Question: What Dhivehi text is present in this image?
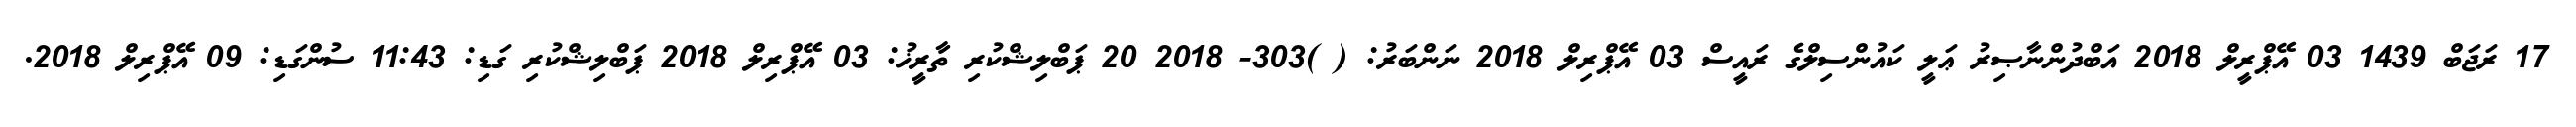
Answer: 17 ރަޖަބް 1439 03 އޭޕްރީލް 2018 އަބްދުންނާޞިރު ޢަލީ ކައުންސިލްގެ ރައީސް 03 އޭޕްރިލް 2018 ނަންބަރު: ( )303- 2018 20 ޕަބްލިޝްކުރި ތާރީޚު: 03 އޭޕްރިލް 2018 ޕަބްލިޝްކުރި ގަޑި: 11:43 ސުންގަޑި: 09 އޭޕްރިލް 2018.